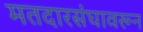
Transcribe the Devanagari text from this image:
मतदारसंघावरून